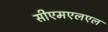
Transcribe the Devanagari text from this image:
सीएमएलएल